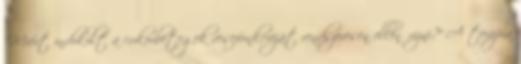
"Miért indokolt a cukorbetegek vesefunkcióját rendszeresen ellenőrizni?" A terápia